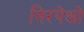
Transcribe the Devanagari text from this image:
निरपेक्षो